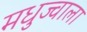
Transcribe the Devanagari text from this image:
मधुज्वाला